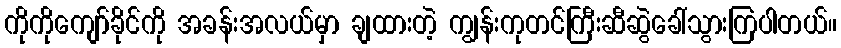
ကိုကိုကျော်ခိုင်ကို အခန်းအလယ်မှာ ချထားတဲ့ ကျွန်းကုတင်ကြီးဆီဆွဲခေါ်သွားကြပါတယ်။